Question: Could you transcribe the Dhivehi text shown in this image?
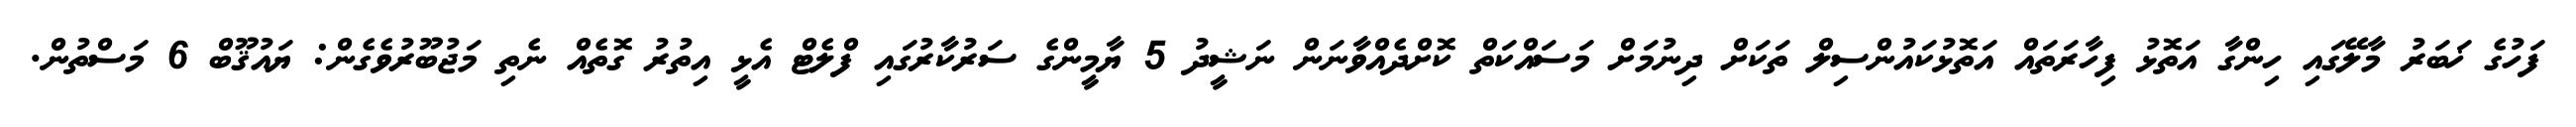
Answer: ފަހުގެ ޚަބަރު މާލޭގައި ހިންގާ އަތޮޅު ފިހާރަތައް އަތޮޅުކައުންސިލް ތަކަށް ދިނުމަށް މަސައްކަތް ކޮށްދެއްވާނަން ނަޝީދު 5 ޔާމީންގެ ސަރުކާރުގައި ފްލެޓް އެޅީ އިތުރު ގޮތެއް ނެތި މަޖުބޫރުވެގެން: ޔައުޤޫބް 6 މަސްތުން.